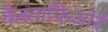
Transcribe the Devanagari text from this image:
कैस्ताफिओरे